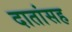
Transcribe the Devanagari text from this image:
दातांसह